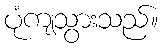
ပုံကျသွားသည်။